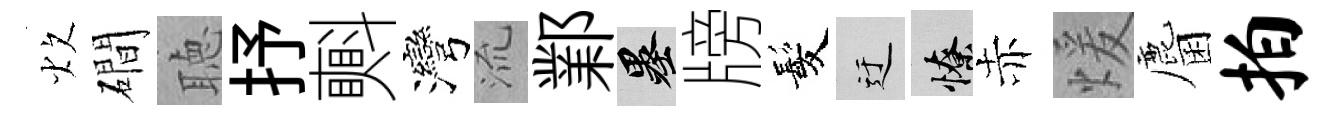
炊磵聴抒㪺灣𣴑鄴墨牓髪迂憭赤煖麕拍